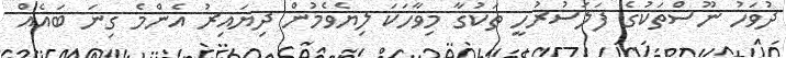
ދުވަހު ނޫސްތަކުގެ ފަލަސުރުހީ ތަކުގާ މިވާހަކަ ލިޔެވެމުން ދިޔައިރު އެންމެ ގިނަ ބައެއް